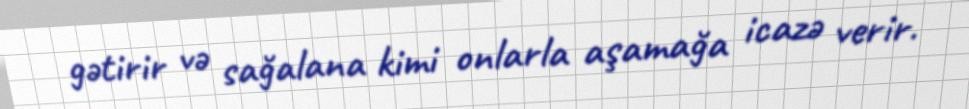
gətirir və sağalana kimi onlarla aşamağa icazə verir.